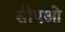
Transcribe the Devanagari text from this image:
सीएओ